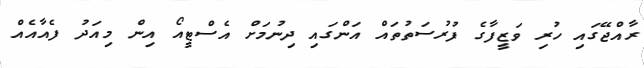
ރާއްޖޭގައި ހުރި ވަޒީފާގެ ފުރުސަތުތައް އަންގައި ދިނުމަށް އެސްޓީއޯ އިން މިއަދު ފެއާއެއް